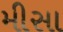
મીસા